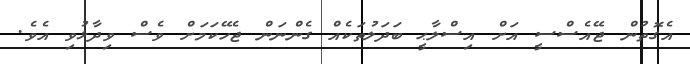
އެގޮތުން ޖޭއެސްސީ އަށް އިސްލާޙީ ބަދަލުތަކެއް ގެންނަން ޖެހޭކަމަށް ވެސް ވިދާޅުވި އެވެ.